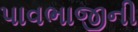
પાવભાજીની